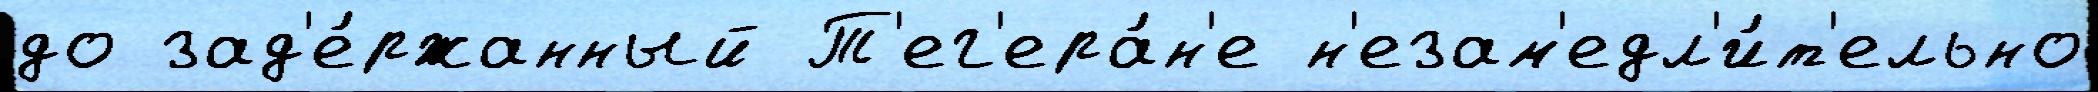
до зад'е́ржанный Т'ег'ера́н'е н'езам'едл'и́т'ельно